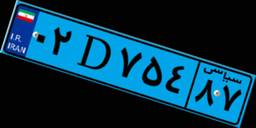
۶۳D۱۴۰۶۹